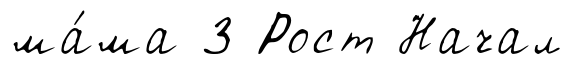
ма́ма 3 Рост Начал